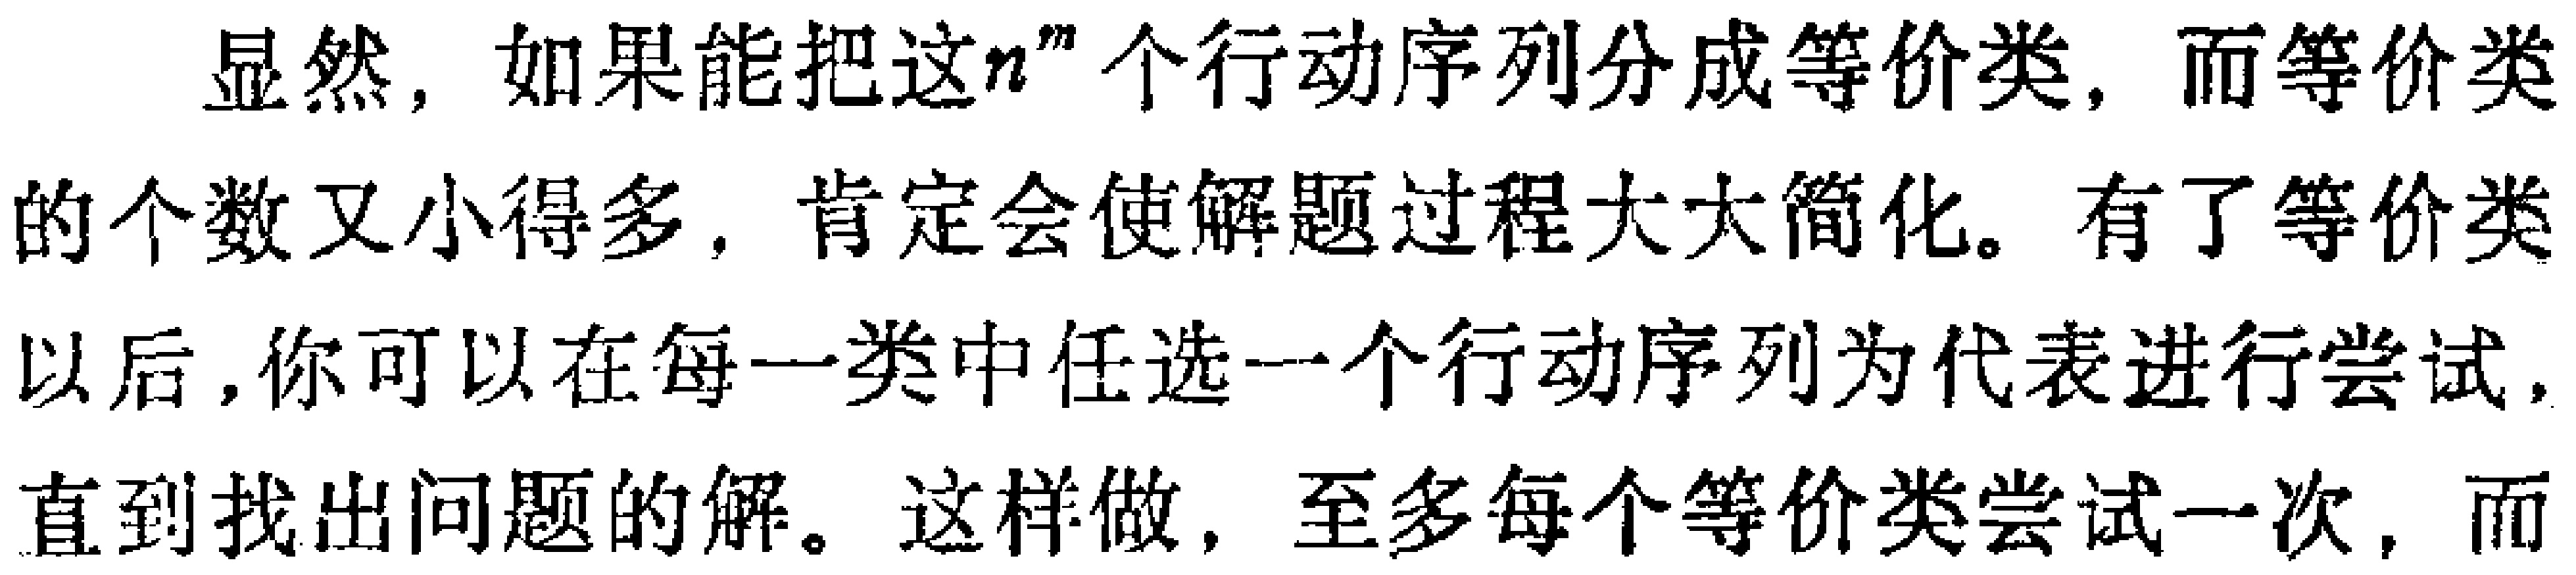
显然，如果能把这\(n^m\)个行动序列分成等价类，而等价类的个数又小得多，肯定会使解题过程大大简化。有了等价类以后，你可以在每一类中任选一个行动序列为代表进行尝试，直到找出问题的解。这样做，至多每个等价类尝试一次，而